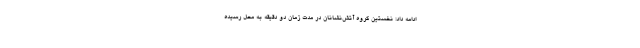
ادامه داد: نخستین گروه آتش‌نشانان در مدت زمان دو دقیقه به محل رسیده